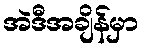
အဲဒီအချိန်မှာ